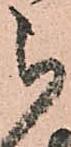
被